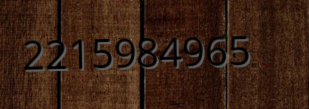
2215984965